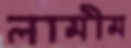
লামীম